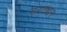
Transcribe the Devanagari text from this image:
मरतबान